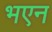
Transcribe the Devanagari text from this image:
भएन